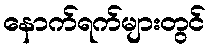
နောက်ရက်များတွင်